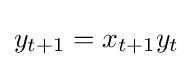
{\textstyle y_{t+1}=x_{t+1}y_{t}}